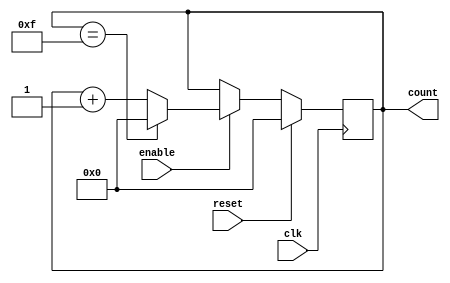
module counter (
    input wire clk,        // clock input
    input wire reset,      // reset input
    input wire enable,     // enable input
    output reg [3:0] count // 4-bit counter output
);

// Internal signals
reg [3:0] next_count; // next count value

// Always block to update counter value
always @(posedge clk) begin
    if (reset) begin
        count <= 4'b0000; // reset counter value
    end else begin
        if (enable) begin
            if (count == 4'b1111) begin
                count <= 4'b0000; // wrap around
            end else begin
                count <= count + 1; // increment counter
            end
        end
    end
end

endmodule